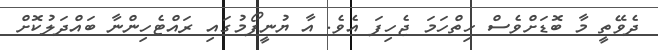
ދެވޭތީ މާ ބޮޑަށްވެސް ހިތްހަމަ ޖެހިފަ އެވެ. އާ ޔުނީފޯމުގައި ރައްޓެހިންނާ ބައްދަލުކޮށް